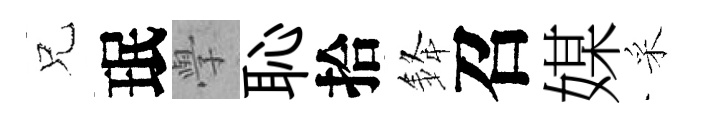
兄珉𭓕恥拾𨦟召媒采